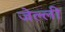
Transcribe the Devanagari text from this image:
जेल्ली